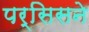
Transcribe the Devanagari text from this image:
पर्सिसने